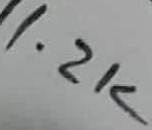
Text: 1.2K